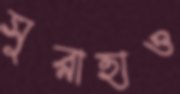
সুরাহাও